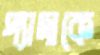
প্যাদাকে